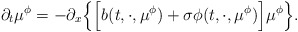
\begin{align*}\partial_t\mu^\phi = -\partial_x\Big\{\Big[ b(t, \cdot, \mu^\phi) + \sigma\phi(t, \cdot, \mu^\phi)\Big]\mu^\phi \Big\} .\end{align*}